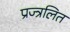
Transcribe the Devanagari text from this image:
प्रज्त्रलित